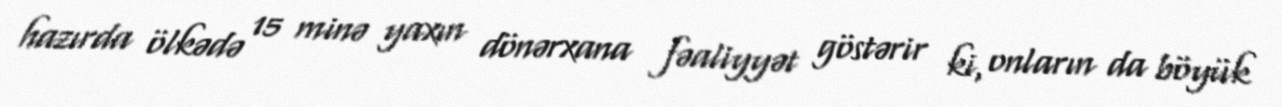
hazırda ölkədə 15 minə yaxın dönərxana fəaliyyət göstərir ki, onların da böyük